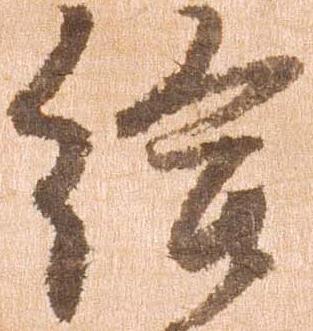
給